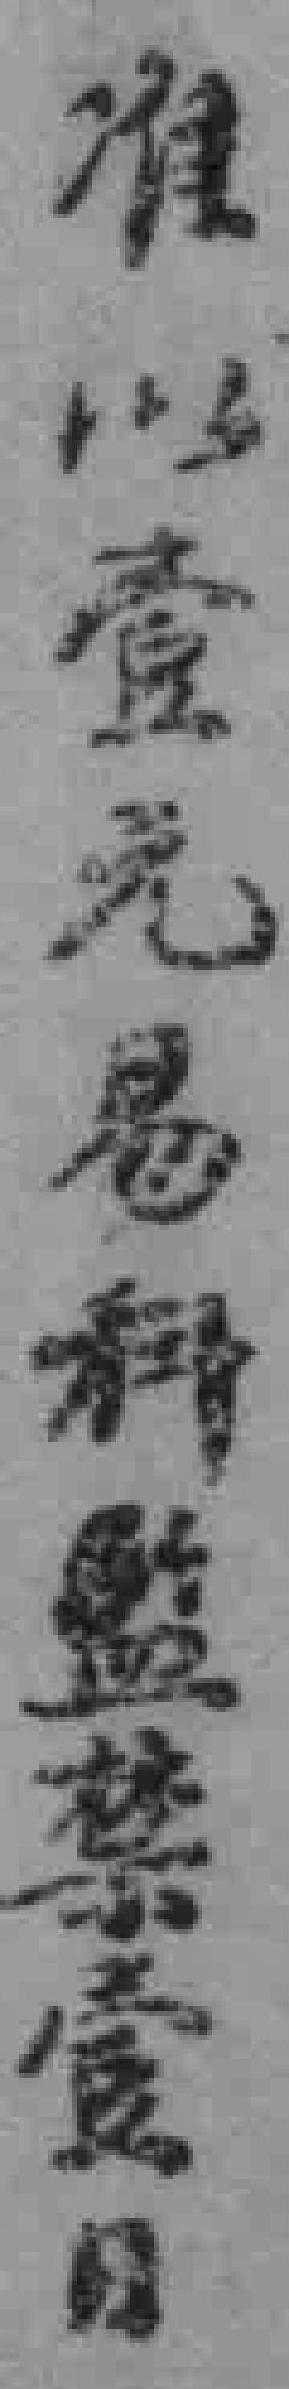
准以壹元易科監禁壹日